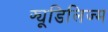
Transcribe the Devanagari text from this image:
फ्यूडिलिज्म